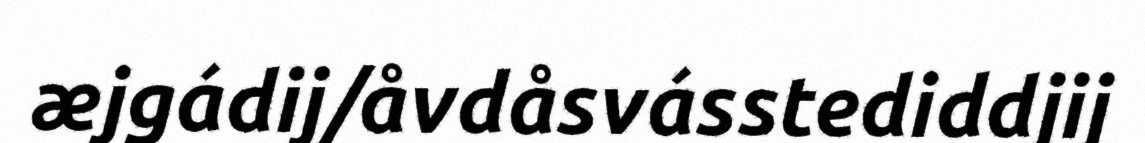
æjgádij/åvdåsvásstediddjij